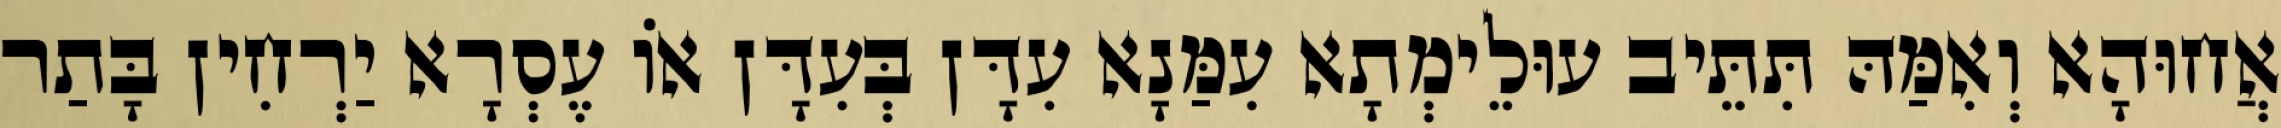
אֲחוּהָא וְאִמַּהּ תִּתֵּיב עוּלֵימְתָא עִמַּנָא עִדָּן בְּעִדָּן אוֹ עֶסְרָא יַרְחִין בָּתַר